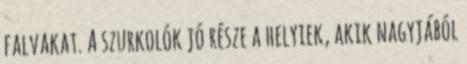
falvakat. A szurkolók jó része a helyiek, akik nagyjából